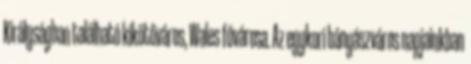
Királyságban található kikötőváros, Wales fővárosa. Az egykori bányászváros napjainkban